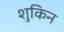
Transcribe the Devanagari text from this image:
शुकिन